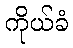
ကိုယ်ခံ